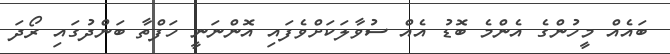
ބައެއް މީހުންގެ އެންމެ ބޮޑު އެއް ސުވާލަކަށްވެފައި އޮންނަނީ ހަފްތާ ބަންދުގައި ރޯދަ